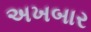
અખબાર